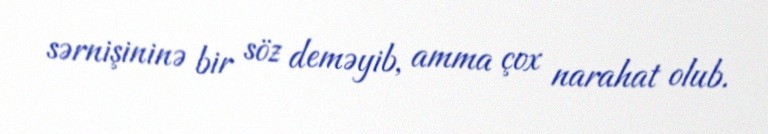
sərnişininə bir söz deməyib, amma çox narahat olub.